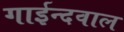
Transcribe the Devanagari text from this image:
गाईन्दवाल